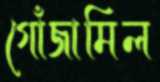
গোঁজামিল